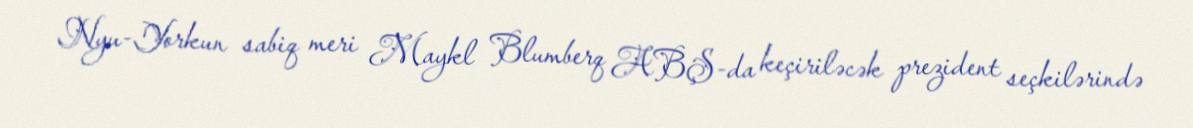
Nyu-Yorkun sabiq meri Maykl Blumberq ABŞ-da keçiriləcək prezident seçkilərində